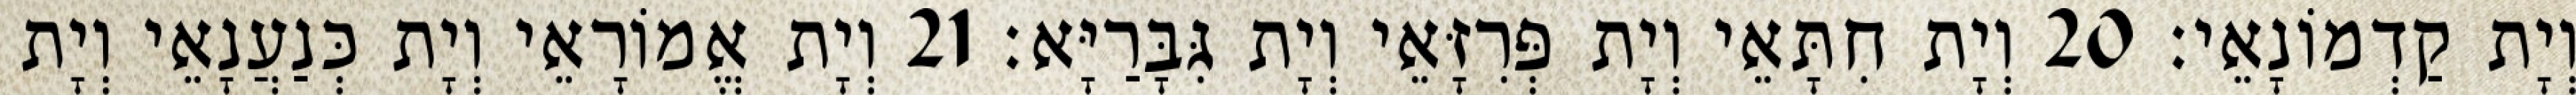
וְיָת קַדְמוֹנָאֵי׃ 20 וְיָת חִתָּאֵי וְיָת פְּרִזָּאֵי וְיָת גִּבָּרַיָּא׃ 21 וְיָת אֱמוֹרָאֵי וְיָת כְּנַעֲנָאֵי וְיָת